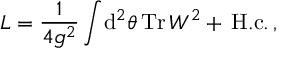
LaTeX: { \cal L } = \frac { 1 } { 4 g ^ { 2 } } \int \! \mathrm { d } ^ { 2 } \theta \, \mathrm { T r } \, W ^ { 2 } + \, \mathrm { H . c . } \, ,